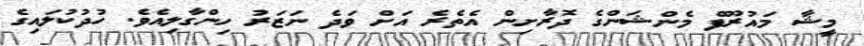
މީޝާ މައުރޫފް މެންޝަންގެ ދޮރާށިން އެތެރެ އަށް ވަދެ ނަޒަރު ހިންގާލިއެވެ. ހުދުކުލައިގެ